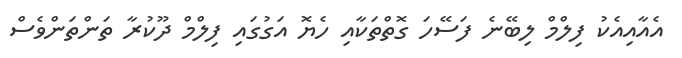
އެއާއިއެކު ފިލްމް ލިބޭނެ ފަސޭހަ ގޮތްތަކާއި ހެޔޮ އަގުގައި ފިލްމް ދޫކުރާ ތަންތަންވެސް